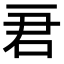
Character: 𠰶